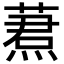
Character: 蔒